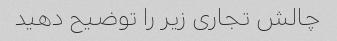
چالش تجاری زیر را توضیح دهید